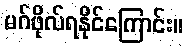
မဂ်ဖိုလ်ရနိုင်ကြောင်း။